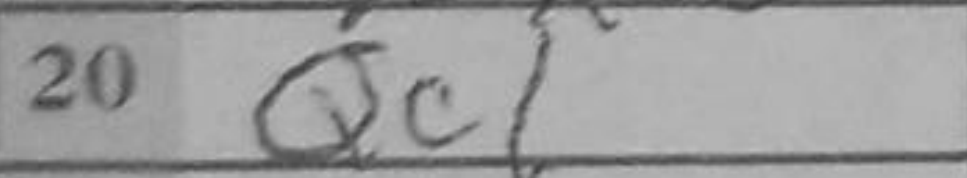
Transcription: Qc1